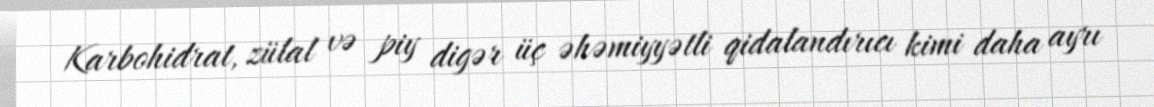
Karbohidrat, zülal və piy digər üç əhəmiyyətli qidalandırıcı kimi daha ayrı